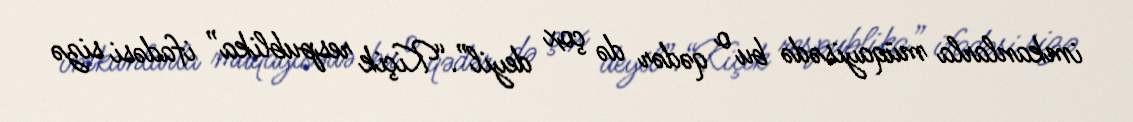
imkanlarla müqayisədə bu o qədər də çox deyil”.“Kiçik respublika” ifadəsi sizə